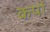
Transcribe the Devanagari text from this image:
कर्पा